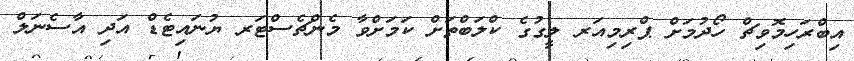
އިބްރަހިމޮވިޗް ހޯދުމަށް ޕްރިމިއަރ ލީގުގެ ކްލަބްތަށް ކަމަށްވާ މެންޗެސްޓަރ ޔުނައިޓެޑް އަދި އާސެނަލް